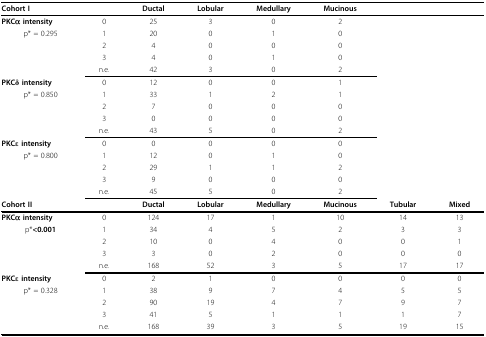
<table><thead><tr><td><b>Cohort I</b></td><td></td><td><b>Ductal</b></td><td><b>Lobular</b></td><td><b>Medullary</b></td><td><b>Mucinous</b></td><td></td><td></td></tr></thead><tbody><tr><td><b>PKCα intensity</b></td><td>0</td><td>25</td><td>3</td><td>0</td><td>2</td><td></td><td></td></tr><tr><td>p* = 0.295</td><td>1</td><td>20</td><td>0</td><td>1</td><td>0</td><td></td><td></td></tr><tr><td></td><td>2</td><td>4</td><td>0</td><td>0</td><td>0</td><td></td><td></td></tr><tr><td></td><td>3</td><td>4</td><td>0</td><td>1</td><td>0</td><td></td><td></td></tr><tr><td></td><td>n.e.</td><td>42</td><td>3</td><td>0</td><td>2</td><td></td><td></td></tr><tr><td><b>PKCδ intensity</b></td><td>0</td><td>12</td><td>0</td><td>0</td><td>1</td><td></td><td></td></tr><tr><td>p* = 0.850</td><td>1</td><td>33</td><td>1</td><td>2</td><td>1</td><td></td><td></td></tr><tr><td></td><td>2</td><td>7</td><td>0</td><td>0</td><td>0</td><td></td><td></td></tr><tr><td></td><td>3</td><td>0</td><td>0</td><td>0</td><td>0</td><td></td><td></td></tr><tr><td></td><td>n.e.</td><td>43</td><td>5</td><td>0</td><td>2</td><td></td><td></td></tr><tr><td><b>PKCε intensity</b></td><td>0</td><td>0</td><td>0</td><td>0</td><td>0</td><td></td><td></td></tr><tr><td>p* = 0.800</td><td>1</td><td>12</td><td>0</td><td>1</td><td>0</td><td></td><td></td></tr><tr><td></td><td>2</td><td>29</td><td>1</td><td>1</td><td>2</td><td></td><td></td></tr><tr><td></td><td>3</td><td>9</td><td>0</td><td>0</td><td>0</td><td></td><td></td></tr><tr><td></td><td>n.e.</td><td>45</td><td>5</td><td>0</td><td>2</td><td></td><td></td></tr><tr><td><b>Cohort II</b></td><td></td><td><b>Ductal</b></td><td><b>Lobular</b></td><td><b>Medullary</b></td><td><b>Mucinous</b></td><td><b>Tubular</b></td><td><b>Mixed</b></td></tr><tr><td><b>PKCα intensity</b></td><td>0</td><td>124</td><td>17</td><td>1</td><td>10</td><td>14</td><td>13</td></tr><tr><td>p*<b>&lt;0.001</b></td><td>1</td><td>34</td><td>4</td><td>5</td><td>2</td><td>3</td><td>3</td></tr><tr><td></td><td>2</td><td>10</td><td>0</td><td>4</td><td>0</td><td>0</td><td>1</td></tr><tr><td></td><td>3</td><td>3</td><td>0</td><td>2</td><td>0</td><td>0</td><td>0</td></tr><tr><td></td><td>n.e.</td><td>168</td><td>52</td><td>3</td><td>5</td><td>17</td><td>17</td></tr><tr><td><b>PKCε intensity</b></td><td>0</td><td>2</td><td>1</td><td>0</td><td>0</td><td>0</td><td>0</td></tr><tr><td>p* = 0.328</td><td>1</td><td>38</td><td>9</td><td>7</td><td>4</td><td>5</td><td>5</td></tr><tr><td></td><td>2</td><td>90</td><td>19</td><td>4</td><td>7</td><td>9</td><td>7</td></tr><tr><td></td><td>3</td><td>41</td><td>5</td><td>1</td><td>1</td><td>1</td><td>7</td></tr><tr><td></td><td>n.e.</td><td>168</td><td>39</td><td>3</td><td>5</td><td>19</td><td>15</td></tr></tbody></table>